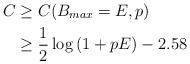
LaTeX: \begin{align*}C & \ge C(B_{max} = E, p) \\& \ge \frac{1}{2} \log \left(1 + p E \right) - 2.58\end{align*}